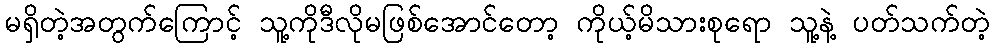
မရှိတဲ့အတွက်ကြောင့် သူ့ကိုဒီလိုမဖြစ်အောင်တော့ ကိုယ့်မိသားစုရော သူ့နဲ့ ပတ်သက်တဲ့